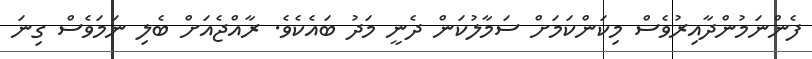
ފެންނަމުންދާއިރުވެސް މިކަންކަމަށް ސަމާލުކަން ދެނީ މަދު ބައެކެވެ. ރާއްޖެއަށް ބެލި ނަމަވެސް ގިނަ